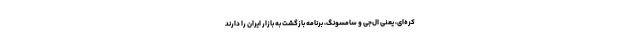
کره‌ای، یعنی ال‌جی و سامسونگ، برنامه بازگشت به بازار ایران را دارند